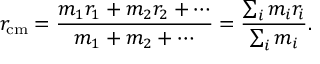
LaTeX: r _ { \mathrm { c m } } = { \frac { m _ { 1 } r _ { 1 } + m _ { 2 } r _ { 2 } + \cdots } { m _ { 1 } + m _ { 2 } + \cdots } } = { \frac { \sum _ { i } m _ { i } r _ { i } } { \sum _ { i } m _ { i } } } .